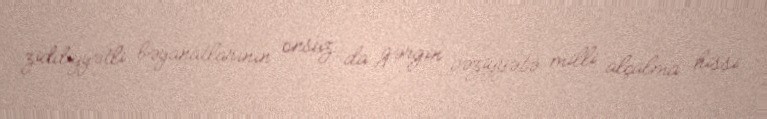
ziddiyyətli bəyanatlarının onsuz da gərgin vəziyyətə milli alçalma hissi